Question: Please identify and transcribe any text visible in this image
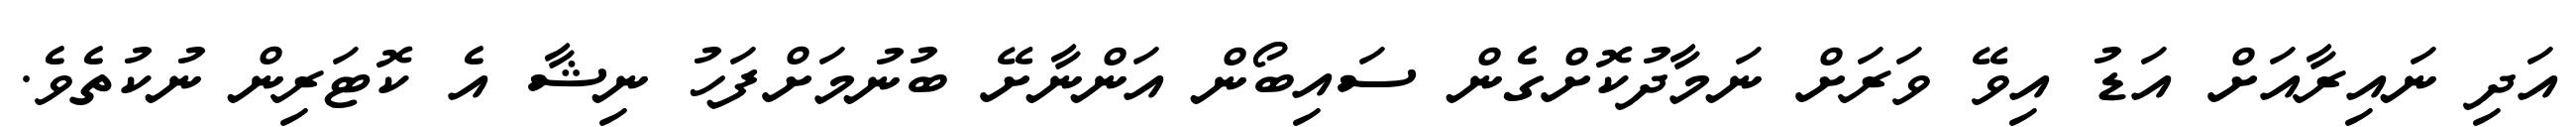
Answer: އަދި ނައިރާއަށް އަޑު އިވޭ ވަރަށް ނަމާދުކޮށްގެން ސައިބޯން އަންނާށޭ ބުނުމަށްފަހު ނިޝާ އެ ކޮޓަރިން ނުކުތެވެ.